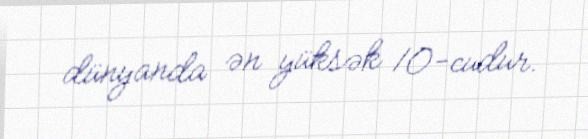
dünyanda ən yüksək 10-cudur.